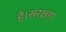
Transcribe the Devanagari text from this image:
है।संरक्षण